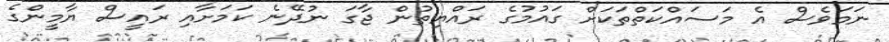
ނަމަވެސް އެ މަސައްކަތްތަކަށް ގައުމުގެ ރައްޔިތުން ޖާގަ ނުދޭނެ ކަމަށާއި ރައީސް ޔާމީންގެ